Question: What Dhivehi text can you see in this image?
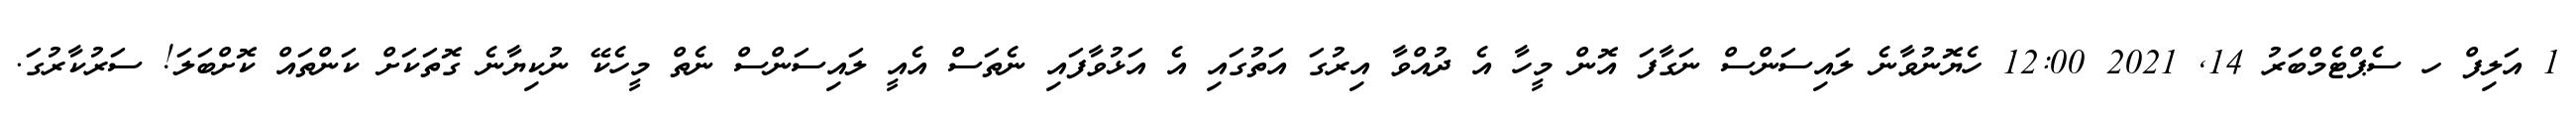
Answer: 1 އަލިފް ހ ސެޕްޓެމްބަރު 14, 2021 12:00 ހެޔޮނުވާނެ ލައިސަންސް ނަގާފަ އޮން މީހާ އެ ދުއްވާ އިރުގަ އަތުގައި އެ އަޅުވާފައި ނެތަސް އެއީ ލައިސަންސް ނެތް މީހެކޭ ނުކިޔާނެ ގޮތަކަށް ކަންތައް ކޮށްބަލަ! ސަރުކާރުގަ.